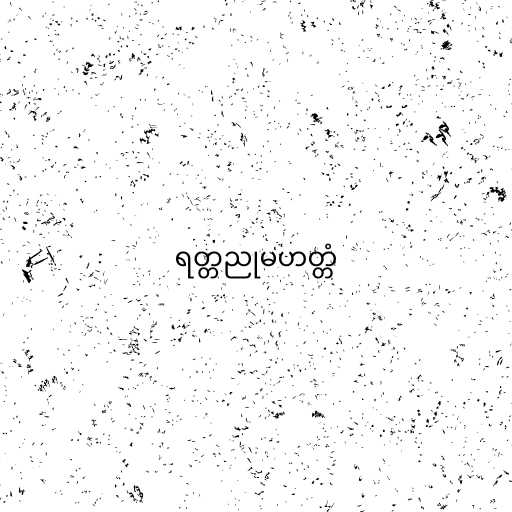
ရတ္တညုမဟတ္တံ